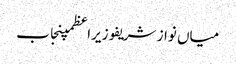
میاں نواز شریفوزیراعظمپنجاب